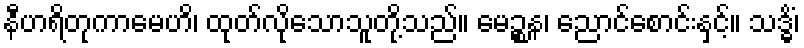
နီဟရိတုကာမေဟိ၊ ထုတ်လိုသောသူတို့သည်။ မေဉ္စန၊ ညောင်စောင်းနှင့်။ သဒ္ဓိံ၊